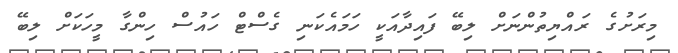
މިރަށުގެ ރައްޔިތުންނަށް ލިބޭ ފައިދާއަކީ ހަމައެކަނި ގެސްޓް ހައުސް ހިންގާ މީހަކަށް ލިބޭ